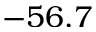
- 5 6 . 7